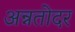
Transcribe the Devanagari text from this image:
अन्नतोदर